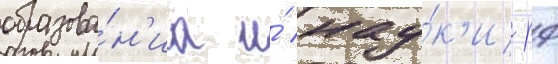
образова́н'иа и́ нау́к'и рф